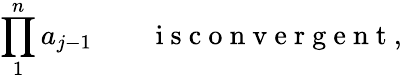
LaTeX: \prod_{1}^{n}a_{j-1}\qquad\mathrm{~i~s~c~o~n~v~e~r~g~e~n~t~,~}